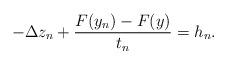
LaTeX: \begin{align*}-\Delta z_{n} + \frac{F(y_{n})- F(y)}{t_{n}}=h_{n}.\end{align*}